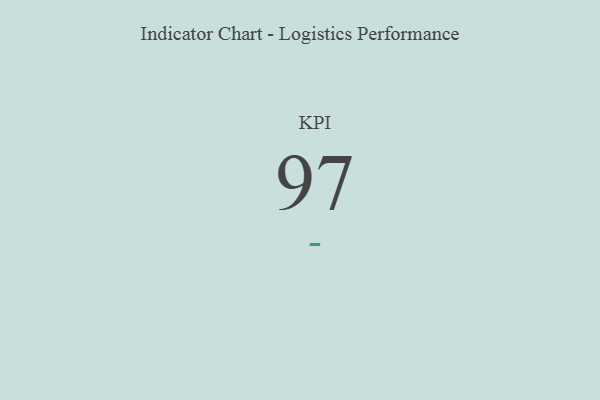
{"axis": {"x": "KPI", "y": "Value"}, "legend": [""], "data": [{"x": "KPI", "y": 97, "type": ""}]}